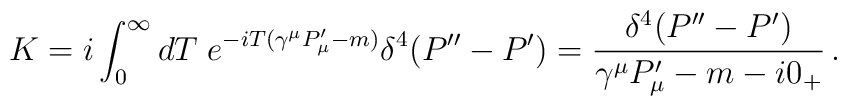
K=i\int_{0}^{\infty}dT\; e^{-iT(\gamma^\mu P'_\mu-m)}\delta^4(P''-P')={\delta^4(P''-P')\over{\gamma^\mu P'_\mu -m -i0_{+}}}\,.